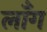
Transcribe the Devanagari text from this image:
लॉँग